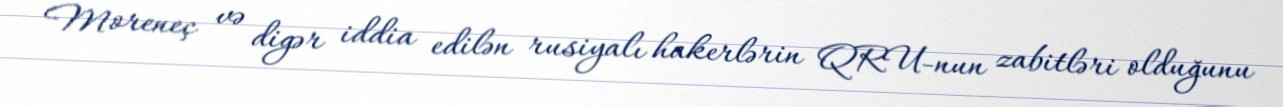
Moreneç və digər iddia edilən rusiyalı hakerlərin QRU-nun zabitləri olduğunu